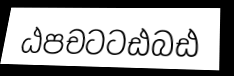
ඨපචටටඪබඪ